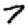
Digit: 7